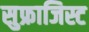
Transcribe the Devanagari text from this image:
सुफ्राजिस्ट